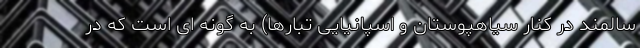
سالمند در کنار سیاهپوستان و اسپانیایی تبارها) به گونه ای است که در